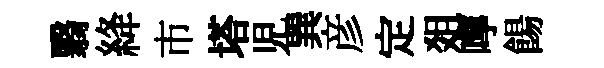
翳絳市塔児巽彦定爼嚀餳